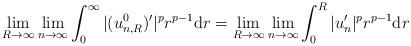
LaTeX: \begin{align*}\lim_{R\to\infty}\lim_{n\to\infty}\int_0^\infty|(u_{n,R}^0)'|^pr^{p-1}\mathrm dr=\lim_{R\to\infty}\lim_{n\to\infty}\int_0^R|u_n'|^pr^{p-1}\mathrm dr\end{align*}